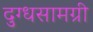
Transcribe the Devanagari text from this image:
दुग्धसामग्री